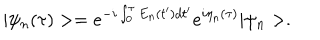
| \psi _ { n } ( \tau ) > = e ^ { - i \int _ { 0 } ^ { \tau } E _ { n } ( t ^ { \prime } ) d t ^ { \prime } } e ^ { i \eta _ { n } ( \tau ) } | \psi _ { n } > .